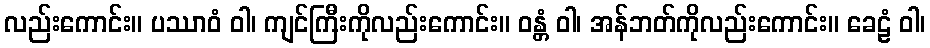
လည်းကောင်း။ ပဿာဝံ ဝါ၊ ကျင်ကြီးကိုလည်းကောင်း။ ဝန္တံ ဝါ၊ အန်ဘတ်ကိုလည်းကောင်း။ ခေဠံ ဝါ၊